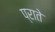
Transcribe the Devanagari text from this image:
प्राते